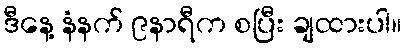
ဒီနေ့ နံနက် ၉နာရီက စပြီး ချထားပါ။